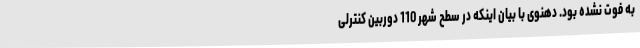
به فوت نشده بود. دهنوی با بیان اینکه در سطح شهر 110 دوربین کنترلی